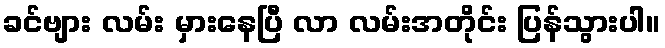
ခင်ဗျား လမ်း မှားနေပြီ လာ လမ်းအတိုင်း ပြန်သွားပါ။